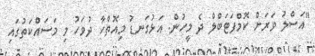
"އަސްލު ވަރަށް ކޮމްފަޓަބްލް ދެ މީހުން. އަޅުގަނޑު މިއޮތްހާ ދުވަހު މި މަސައްކަތުގައި